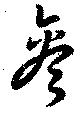
参